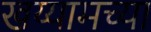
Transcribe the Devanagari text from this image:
खय्यामच्या